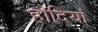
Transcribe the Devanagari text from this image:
हौदियां